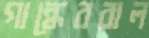
গান্ধেরবাল